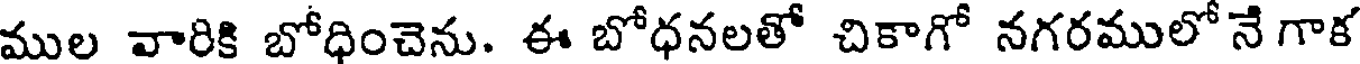
ముల వారికి బోధించెను. ఈ బోధనలతో చికాగో నగరములో నే గాక